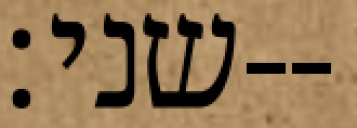
שני׃--